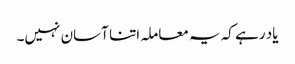
یاد رہے کہ یہ معاملہ اتنا آسان نہیں۔